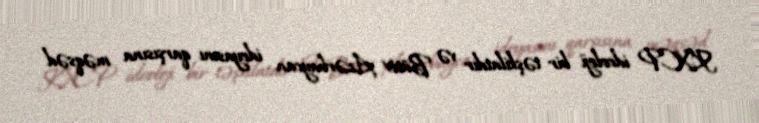
KXCP ideoloji bir təşkilatdır və Bütöv Azərbaycan ideyasını qarşısına məqsəd